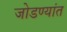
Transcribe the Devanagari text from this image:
जोडण्यांत